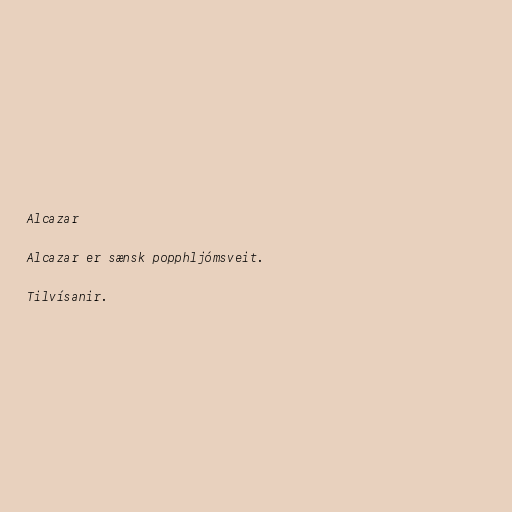
Alcazar

Alcazar er sænsk popphljómsveit.

Tilvísanir.